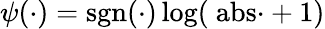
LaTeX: \psi(\cdot)=\mathrm{{sgn}(\cdot)\log(\ abs{\cdot}+1)}